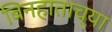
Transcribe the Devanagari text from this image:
बिनहाताच्या